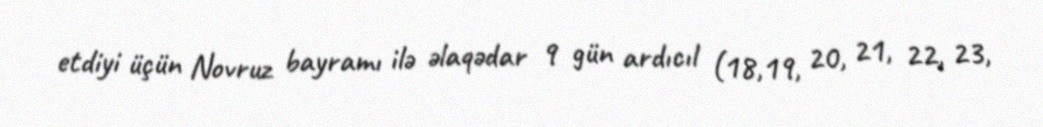
etdiyi üçün Novruz bayramı ilə əlaqədar 9 gün ardıcıl (18,19, 20, 21, 22, 23,